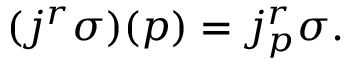
( j ^ { r } \sigma ) ( p ) = j _ { p } ^ { r } \sigma .